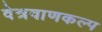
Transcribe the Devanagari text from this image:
वेत्रवाणकल्प